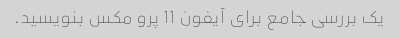
یک بررسی جامع برای آیفون 11 پرو مکس بنویسید.